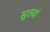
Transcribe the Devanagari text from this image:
सुतवां